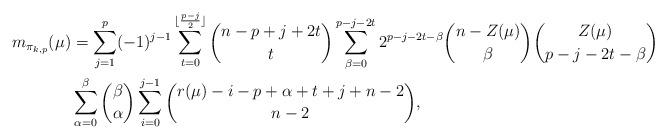
LaTeX: \begin{align*}m_{\pi_{k,p}}(\mu)&= \sum_{j=1}^{p} (-1)^{j-1} \sum_{t=0}^{\lfloor\frac{p-j}{2}\rfloor} \binom{n-p+j+2t}{t} \sum_{\beta=0}^{p-j-2t} 2^{p-j-2t-\beta} \binom{n-Z(\mu)}{\beta} \binom{Z(\mu)}{p-j-2t-\beta} \\&\sum_{\alpha=0}^\beta \binom{\beta}{\alpha} \sum_{i=0}^{j-1} \binom{r(\mu)-i-p+\alpha+t+j+n-2}{n-2},\end{align*}